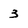
Character: 3